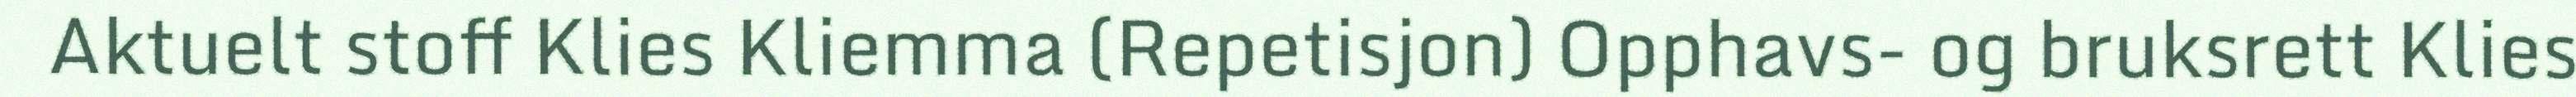
Aktuelt stoff Klies Kliemma (Repetisjon) Opphavs- og bruksrett Klies